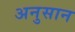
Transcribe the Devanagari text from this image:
अनुसान